Medical and sanitary report of the native army of Madras for the year
Year: 1875
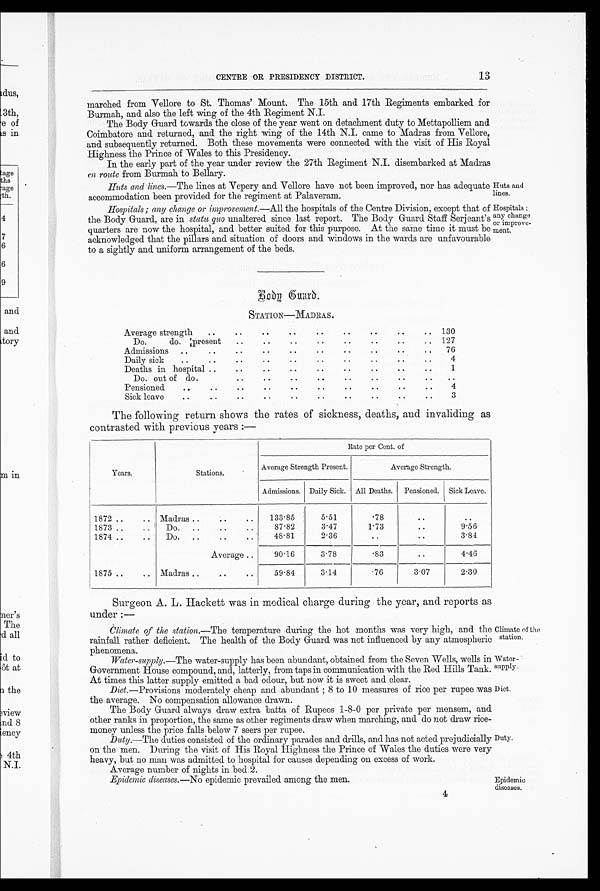
CENTRE OR PRESIDENCY DISTRICT.
marched from Vellore to St. Thomas' Mount. The 15th and 17th Regiments embarked for
Burmah, and also the left wing of the 4th Regiment N.I.
The Body Guard towards the close of the year went on detachment duty to Mettapolliem and
Coimbatore and returned, and the right wing of the 14th N.I. came to Madras from Vellore,
and subsequently returned. Both these movements were connected with the visit of His Royal
Highness the Prince of Wales to this Presidency.
In the early part of the year under review the 27th Regiment N.I. disembarked at Madras
en route from Burmah to Bellary.
Huts and lines. —The lines at Vepery and Vellore have not been improved, nor has adequate
accommodation been provided for the regiment at Palaveram.
Hospitals ; any change or improvement. —All the hospitals of the Centre Division, except that of
the Body Guard, are in statu quo unaltered since last report. The Body Guard Staff Serjeant's
quarters are now the hospital, and better suited for this purpose. At the same time it must be
acknowledged that the pillars and situation of doors and windows in the wards are unfavourable
to a sightly and uniform arrangement of the beds.
Huts and
lines.
Hospitals
; a n y c h a n g e
or improve-
ment.
Body Guard.
STATION—MADRAS.
Average strength
..
• .
• •
..
• •
..
..
..
..
130
Do.
do. present
..
• •
• •
• •
• .
..
..
127
Admissions ..
..
..
• •
• •
• .
..
• •
..
76
Daily sick
• •
• •
• •
• .
..
..
..
..
4
Deaths in hospital ..
..
..
..
: .
• .
• •
• .
1
Do. out of do.
..
..
• •
• .
..
..
..
..
Pensioned
• •
• •
• .
..
..
..
..
..
4
Sick leave
..
..
..
• .
..
• .
• •
..
• .
3
The following return shows the rates of sickness, deaths, and invaliding as
contrasted with. previous years :—
Years.
Stations.
Rate per Cent. of
Average Strength Present.
Average Strength .
Admissions. Daily Sick.
All Deaths.
Pensioned.
Sick Leave.
1872...
.. Madras ..
..
..
133.85
5.51
. 7 8 • •
1873... .. ' Do. ..
87.82
3.47
1.73 ..
9.56
1874...
Do. ....
. •
48 . 81
2.36
..
• .
3.84
Average...
90.16
3.78
. 8 ..
4.46
1875 ..
.. Madras ..
... •
59.84
3.14
. 7 6 3.07
2.30
Surgeon A. L. Hackett was in medical charge during the year, and reports as
under :
—
Climate of the station. —The temperature during the hot months was very high, and the
rainfall rather deficient. The health of the Body Guard was not influenced by any atmospheric
phenomena.
Water-supply. —The water-supply has been abundant, obtained from the Seven Wells, wells in
Govermuent House compound, and, latterly, from taps in communication with the Red Hills Tank.
At times this latter supply emitted a bad odour, but now it is sweet and clear.
Diet. —Provisions moderately cheap and abundant ; 8 to 10 measures of rice per rupee was
the average. No compensation allowance drawn.
The Body Guard always draw extra batta of Rupees 1-8-0 per private per mensem, and
other ranks in proportion, the same as other regiments draw when marching, and do not draw rice-
money unless the price falls below 7 seers per rupee.
Duty. —The duties consisted of the ordinary parades and drills, and has not acted prejudicially
on the men. During the visit of His Royal Highness the Prince of Wales the duties were very
heavy, but no man was admitted to hospital for causes depending on excess of work.
Average number of nights in bed 2.
Epidemic diseases. —No epidemic prevailed among the men.
4
Climate of the
station.
Water-
supply.
D iet.
Duty.
Epidemic
diseases.